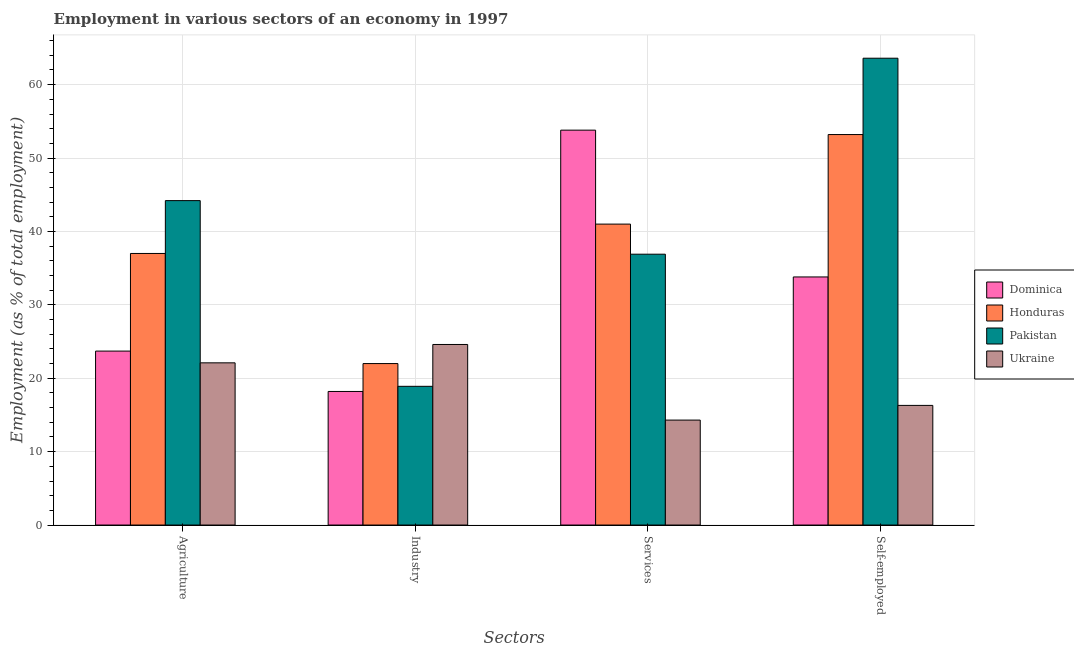
| Sectors | Dominica | Honduras | Pakistan | Ukraine |
 | --- | --- | --- | --- | --- |
 | Agriculture | 23.7 | 37 | 44.2 | 22.1 |
 | Industry | 18.2 | 22 | 18.9 | 24.6 |
 | Services | 53.8 | 41 | 36.9 | 14.3 |
 | Self-employed | 33.8 | 53.2 | 63.6 | 16.3 |